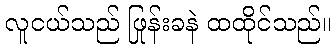
လူငယ်သည် ဖြုန်းခနဲ ထထိုင်သည်။